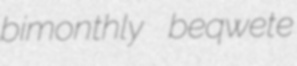
bimonthly beqwete